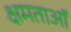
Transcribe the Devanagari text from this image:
क्षमताऑ